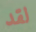
لقد